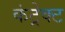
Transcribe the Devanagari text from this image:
कंट्रेक्ट